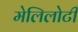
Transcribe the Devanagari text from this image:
मेलिलोटी